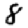
Digit: 8